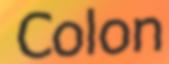
Colon